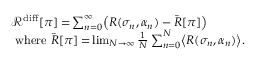
\begin{array} { r l } & { \mathcal { R } ^ { \mathrm { d i f f } } [ \pi ] = \! \sum _ { n = 0 } ^ { \infty } \! \left( R ( \sigma _ { n } , \alpha _ { n } ) - \bar { R } [ \pi ] \right) \! } \\ & { \mathrm { ~ w h e r e ~ } \bar { R } [ \pi ] = \! \operatorname* { l i m } _ { N \to \infty } \frac { 1 } { N } \sum _ { n = 0 } ^ { N } \! \left\langle R ( \sigma _ { n } , \alpha _ { n } ) \right\rangle \! . } \end{array}